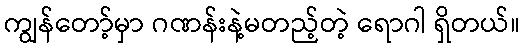
ကျွန်တော့်မှာ ဂဏန်းနဲ့မတည့်တဲ့ ရောဂါ ရှိတယ်။